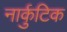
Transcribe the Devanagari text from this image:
नार्कुटिक